Report on plague in the Punjab from October 1st ... to September 30th ..., being the ... season of plague in the province
Disease focus: Plague
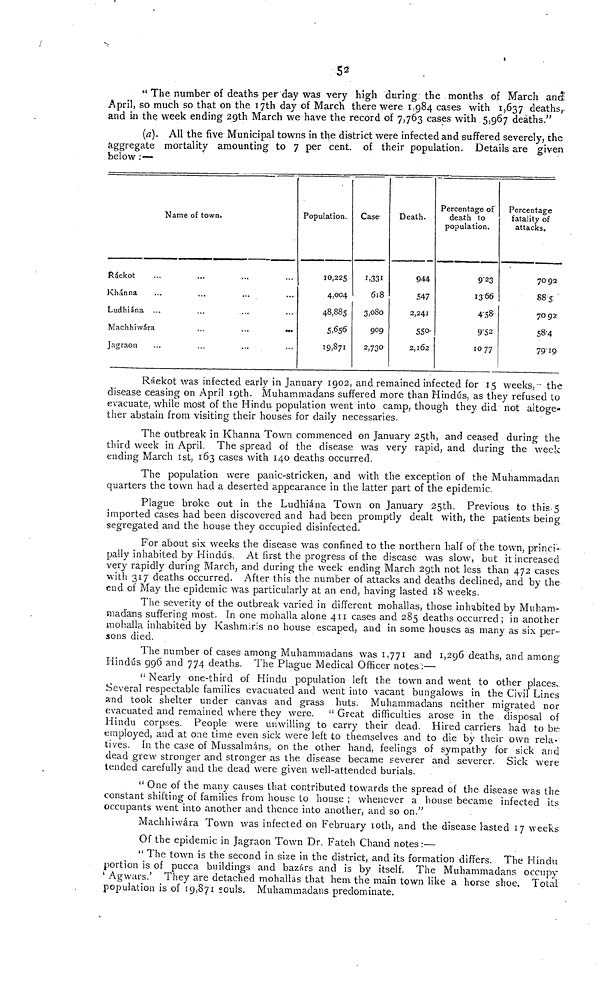
52
" The number of deaths per day was very high during the months of March and
April, so much so that on the 17th day of March there were 1,984 cases with 1,637 deaths,
and in the week ending 29th March we have the record of 7,763 cases with 5,967 deaths."
(a). All the five Municipal towns in the district were infected and suffered severely, the
aggregate mortality amounting to 7 per cent. of their population. Details are given
below :—
Name of town.
Ráekot
Kliánna
Ludhiána
Machhiwara
Jagraon
...
...
...
Population.
10,225
4,004
48,885
5,656
19,871
Case-
1,331
618
3,080
909
2,730
Death.
944
547
2,241
550'
2,162
Percentage of
death to
population.
9"23
1366
4.58
9.52
1077
Percentage
fatality of
attacks.
7092
885
7092
58.4
79.19
Ráekot was infected early in January 1902, and remained infected for 15 weeks, - the
disease ceasing on April 19th. Muhammadans suffered more than Hind
s, as they refused to
evacuate, while most of the Hindu- population went into camp, though they did not altoge-
ther abstain from visiting their houses for daily necessaries.
The outbreak in Khanna Town commenced on January 25th, and ceased during the
third week in April. The spread of the disease was very rapid, and during the week
ending March 1st, 163 cases with 140 deaths occurred.
The population were panic-stricken, and with the exception of the Muhammadan
quarters the town had a deserted appearance in the latter part of the epidemic.
Plague broke out in the Ludhiána Town on January 25th. Previous to this.5
Imported cases had been discovered and had been promptly dealt with, the patients being
segregated and the house they occupied disinfected.
For about six weeks the disease was confined to the northern half of the town, princi-
pally inhabited by Hindus. At first the progress of the disease was slow, but it increased
very rapidly during March, and during the week ending March 29th not less than 472 cases
with 317 deaths occurred. After this the number of attacks and deaths declined, and by the
end of May the epidemic was particularly at an end, having lasted 18 weeks.
The severity of the outbreak varied in different mohallas, those inhabited by Muham-
madans suffering most. In one mohalla alone 411 cases and 285 deaths occurred; in another
mohalla inhabited by Kashmiris no house escaped, and in some houses as many as six per-
sons died.
The number of cases among Muhammadans was 1,771 and 1,296 deaths, and among
Hind
s 996 and 774 deaths. The Plague Medical Officer notes':—
" Nearly one-third of Hindu population left the town and went to other places.
Several respectable families evacuated and went into vacant bungalows in the Civil Lines
and took shelter under canvas and grass huts. Muhammadans neither migrated nor
evacuated and remained where they were. " Great difficulties arose in the disposal of
Hindu corpses. People were unwilling to carry their dead. Hired carriers had to be-
employed, and at one time even sick were left to themselves and to die by their own rela-
tives. In the case of Mussalmáns, on the other hand, feelings of sympathy for sick and
dead grew stronger and stronger as the disease became severer and severer. Sick were
tended carefully and the dead were given well-attended burials.
u One of the many causes that contributed towards the spread of the disease was the
constant shifting of families from house to house ; whenever a house became infected its
occupants went into another and thence into another, and so on."
Machhiwára Town was infected on February 10th, and the disease lasted 17 weeks
Of the epidemic in Jagraon Town Dr. Fateh Chand notes :—
"The town is the second in size in the district, and its formation differs. The Hindu
portion is of pucca buildings and bazárs and is by itself. The Muhammadans occupy
' Agwars.' They are detached mohallás that hem the main town like a horse shoe. Total
population is of 19,871 souls. Muhammadans predominate.